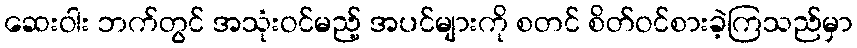
ဆေးဝါး ဘက်တွင် အသုံးဝင်မည့် အပင်များကို စတင် စိတ်ဝင်စားခဲ့ကြသည်မှာ